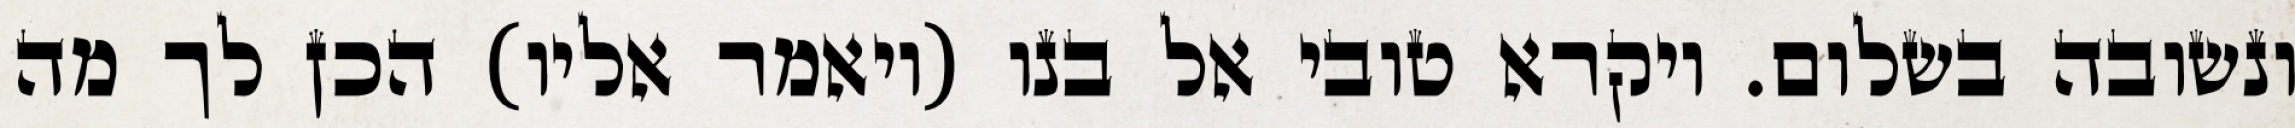
ונשובה בשלום. ויקרא טובי אל בנו (ויאמר אליו) הכן לך מה